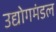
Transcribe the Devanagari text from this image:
उद्योगमंडल